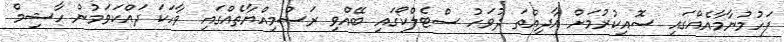
ފަހުމުނާމާއެއްގައި ސޮއިކުރުމަށް އާދިއްތަ ދުވަހު ސްޓެލްކޯގައި ބޭއްވި ރަސްމިއްޔާތެއްގައި ވާހަކަ ދައްކަވަމުން ހާޝިމް